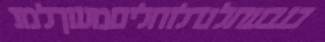
בגבעתלגדלוחליםמעוךלמנ